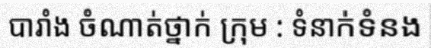
បារាំង ចំណាត់ថ្នាក់ ក្រុម : ទំនាក់ទំនង